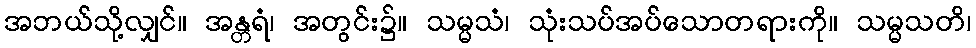
အဘယ်သို့လျှင်။ အန္တရံ၊ အတွင်း၌။ သမ္မသံ၊ သုံးသပ်အပ်သောတရားကို။ သမ္မသတိ၊